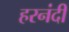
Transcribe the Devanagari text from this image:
हरनंदी